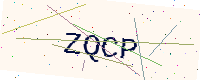
Text: ZQCP